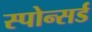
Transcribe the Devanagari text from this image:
स्पोन्सर्ड